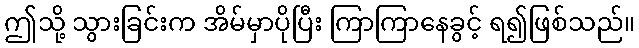
ဤသို့ သွားခြင်းက အိမ်မှာပိုပြီး ကြာကြာနေခွင့် ရ၍ဖြစ်သည်။